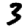
Digit: 3